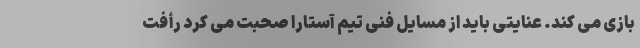
بازی می کند. عنایتی باید از مسایل فنی تیم آستارا صحبت می کرد رأفت